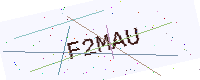
Text: F2MAU